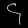
Digit: ၄